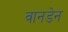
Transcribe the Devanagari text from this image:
वानडेन